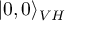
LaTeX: | 0 , 0 \rangle _ { V H }